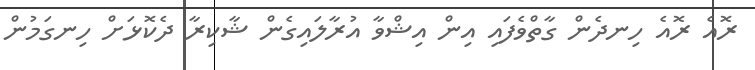
ރޮއެ ރޮއެ ހިނދެން ގާތްވެފައި އިން އިޝްވާ އުރާލައިގެން ޝާކިރާ ދެކޮޅަށް ހިނގަމުން